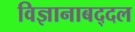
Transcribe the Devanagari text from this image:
विज्ञानाबद्दल